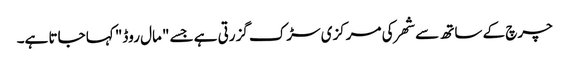
چرچ کے ساتھ سے شھر کی مرکزی سڑک گزرتی ہے جسے "مال روڈ" کہا جاتا ہے۔